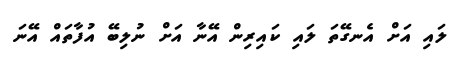
ލައި އަށް އެނގޭތަ ލައި ކައިރިން އޭނާ އަށް ނުލިބޭ އުފާތައް އޭނަ